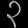
Digit: ၃